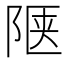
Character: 𬯅